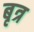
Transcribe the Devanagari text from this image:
बृत्र